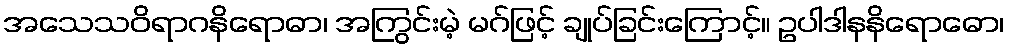
အသေသဝိရာဂနိရောဓာ၊ အကြွင်းမဲ့ မဂ်ဖြင့် ချုပ်ခြင်းကြောင့်။ ဥပါဒါနနိရောဓော၊